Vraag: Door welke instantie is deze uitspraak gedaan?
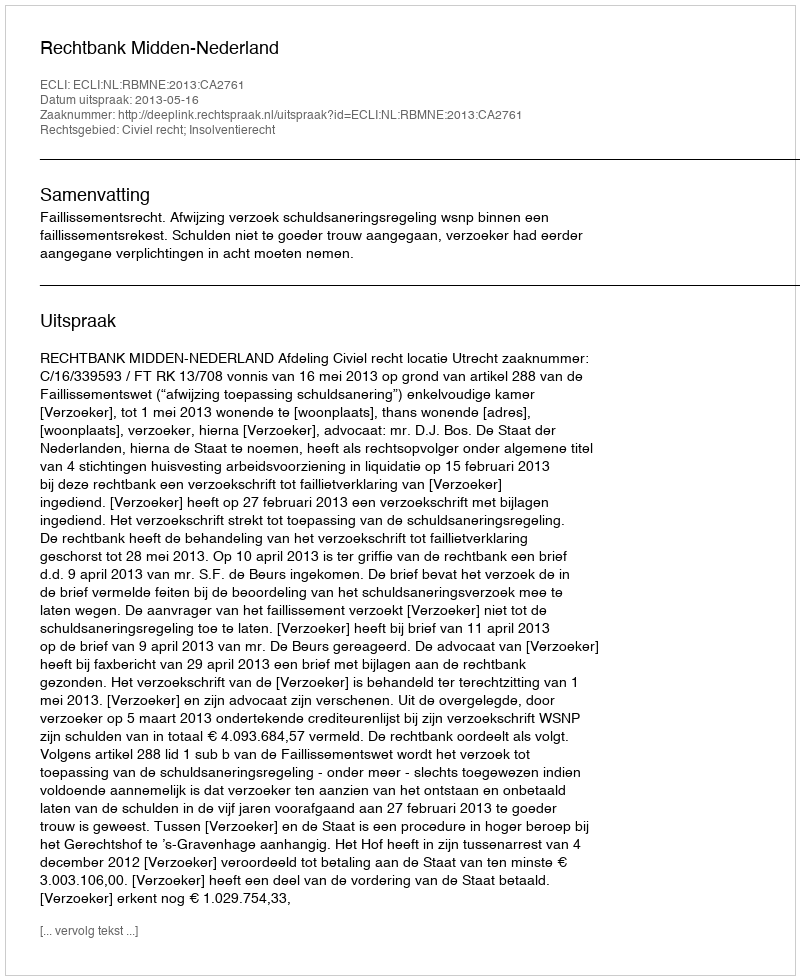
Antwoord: Rechtbank Midden-Nederland